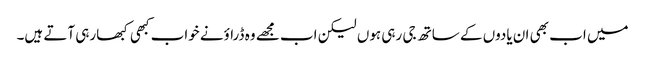
میں اب بھی ان یادوں کے ساتھ جی رہی ہوں لیکن اب مجھے وہ ڈراؤنے خواب کبھی کبھارہی آتے ہیں۔